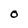
Character: O